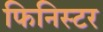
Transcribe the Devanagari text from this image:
फिनिस्टर